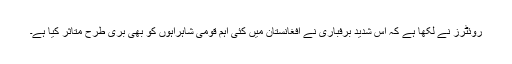
روئٹرز نے لکھا ہے کہ اس شدید برفباری نے افغانستان میں کئی اہم قومی شاہراہوں کو بھی بری طرح متاثر کیا ہے۔